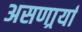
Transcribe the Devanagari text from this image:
असणार्र्या